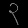
Digit: ၃